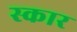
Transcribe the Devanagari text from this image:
स्‍कार